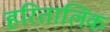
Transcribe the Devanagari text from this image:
हरितालिक